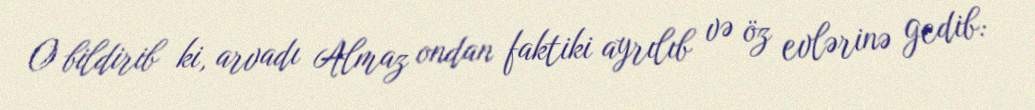
O bildirib ki, arvadı Almaz ondan faktiki ayrılıb və öz evlərinə gedib: